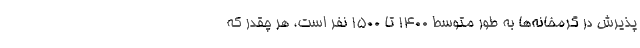
پذیرش در گرمخانه‌ها به طور متوسط ۱۴۰۰ تا ۱۵۰۰ نفر است، هر چقدر که